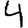
Digit: 4